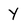
Character: y